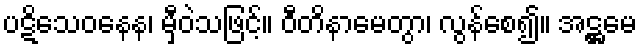
ပဋိသေဝနေန၊ မှီဝဲသဖြင့်။ ဝီတိနာမေတွာ၊ လွန်စေ၍။ အဋ္ဌမေ